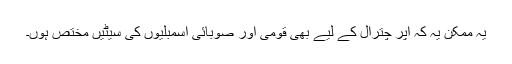
یہ ممکن یہ کہ اپر چترال کے لیے بھی قومی اور صوبائی اسمبلیوں کی سیٹیں مختص ہوں۔